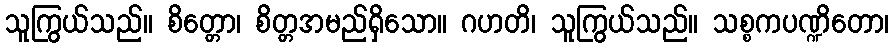
သူကြွယ်သည်။ စိတ္တော၊ စိတ္တအမည်ရှိသော။ ဂဟတိ၊ သူကြွယ်သည်။ သစ္စကပဏ္ဍိတော၊